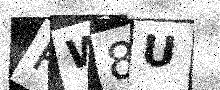
Text: PW8U